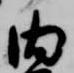
内